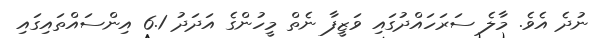
ނުދެ އެވެ. މާލެ ސަރަހައްދުގައި ވަޒީފާ ނެތް މީހުންގެ އަދަދު 6.1 އިންސައްތައިގައި